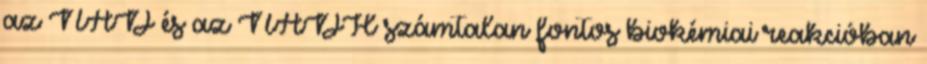
az NAD és az NADH számtalan fontos biokémiai reakcióban